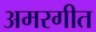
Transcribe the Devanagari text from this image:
अमरगीत